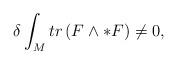
LaTeX: \begin{align*}\delta \int_{M} tr\left( F\wedge * F \right) \neq 0,\end{align*}